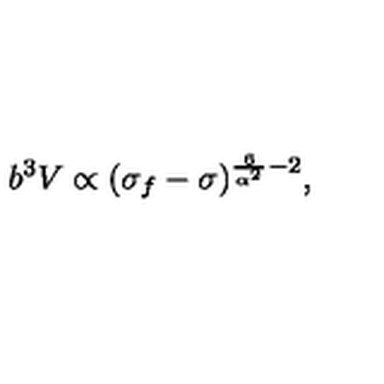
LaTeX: { b ^ { 3 } V \propto ( \sigma _ { f } - \sigma ) ^ { \frac { 6 } { \alpha ^ { 2 } } - 2 } , }